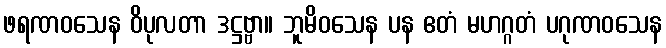
ဖရဏဝသေန ဝိပုလတာ ဒဋ္ဌဗ္ဗာ။ ဘူမိဝသေန ပန ဧတံ မဟဂ္ဂတံ ပဂုဏဝသေန